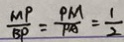
\frac { M P } { B P } = \frac { P M } { P A } = \frac { 1 } { 2 }